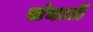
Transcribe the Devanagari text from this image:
संघाटी